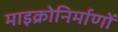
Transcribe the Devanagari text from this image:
माइक्रोनिर्माणों